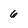
Character: 6